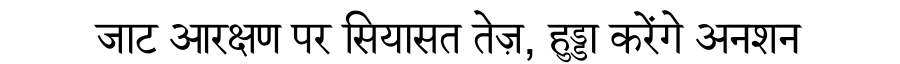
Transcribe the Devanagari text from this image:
जाट आरक्षण पर सियासत तेज़, हुड्डा करेंगे अनशन